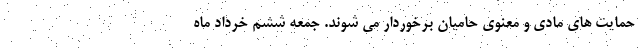
حمایت های مادی و معنوی حامیان برخوردار می شوند. جمعه ششم خرداد ماه